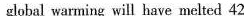
globsl warming will have melted 42